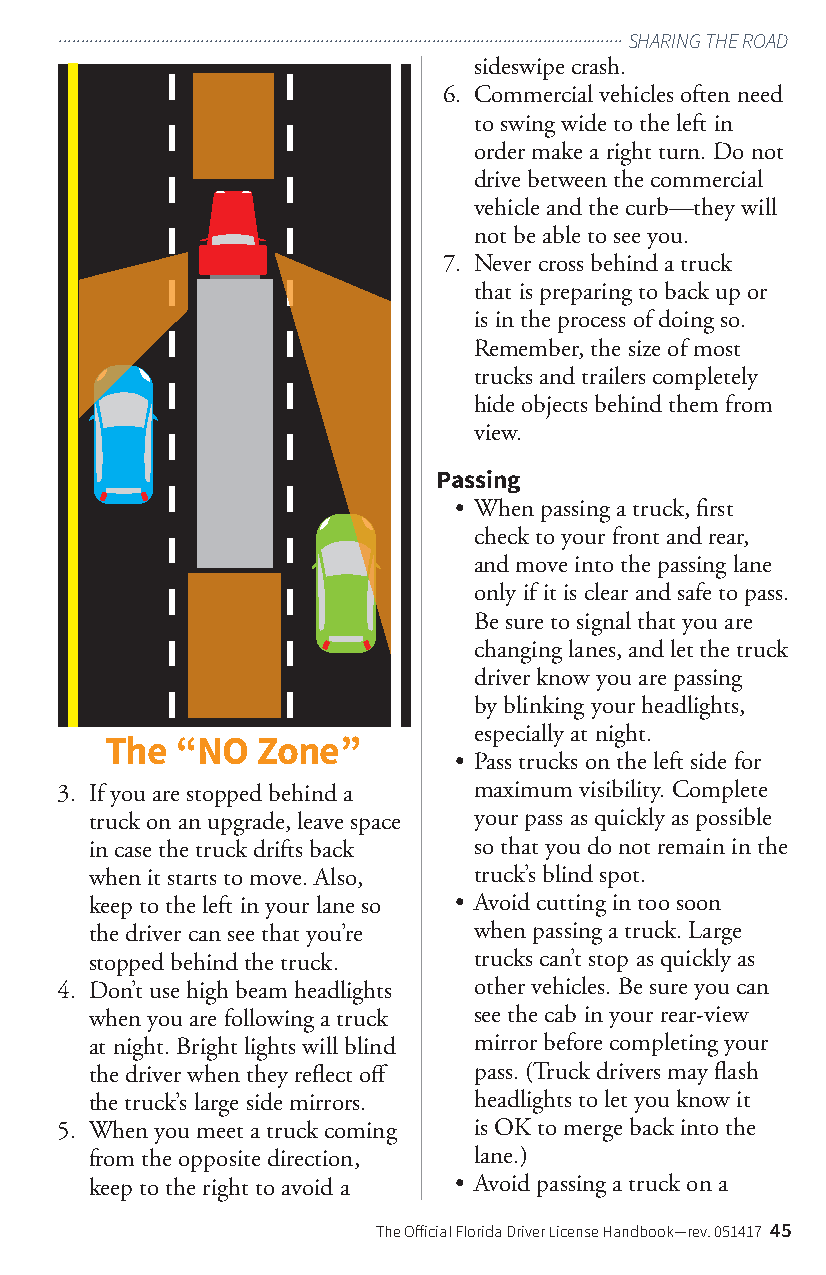
...............................................................................................................................SHARING THE ROAD
 sideswipe crash.
 6. Commercial vehicles often need
 to swing wide to the left in
 order make a right turn. Do not
 drive between the commercial
 vehicle and the curb —they will
 not be able to see you.
 7. Never cross behind a truck
 that is preparing to back up or
 is in the process of doing so.
 Remember, the size of most
 trucks and trailers completely
 hide objects behind them from
 view.
 Passing
 • When passing a truck, first
 check to your front and rear,
 and move into the passing lane
 only if it is clear and safe to pass.
 Be sure to signal that you are
 changing lanes, and let the truck
 driver know you are passing
 by blinking your headlights,
 especially at night.
 The  “NO  Zone”
 • Pass trucks on the left side for
 3. If you are stopped behind a maximum visibility. Complete
 truck on an upgrade, leave space your pass as quickly as possible
 in case the truck drifts back so that you do not remain in the
 when it starts to move. Also, truck’s blind spot.
 keep to the left in your lane so • Avoid cutting in too soon
 the driver can see that you’re when passing a truck. Large
 stopped behind the truck. trucks can’t stop as quickly as
 4. Don’t use high beam headlights other vehicles. Be sure you can
 when you are following a truck see the cab in your rear-view
 at night. Bright lights will blind mirror before completing your
 the driver when they reflect off pass. (Truck drivers may flash
 the truck’s large side mirrors. headlights to let you know it
 5. When you meet a truck coming is OK to merge back into the
 from the opposite direction, lane.)
 keep to the right to avoid a • Avoid passing a truck on a
 The Official Florida Driver License Handbook—rev. 051417 45